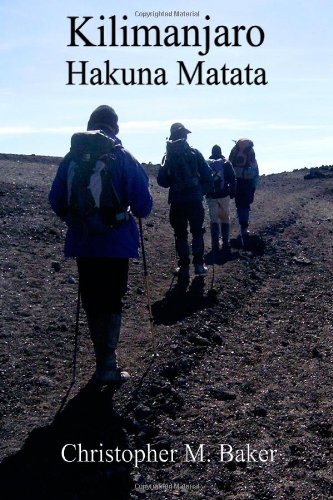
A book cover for Kilimanjaro: Hakuna Matata; Christopher Baker; Travel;